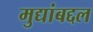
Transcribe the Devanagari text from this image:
मुद्यांबद्दल